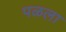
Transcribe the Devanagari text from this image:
पळला